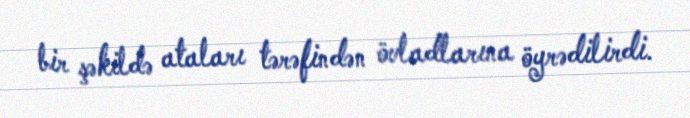
bir şəkildə ataları tərəfindən övladlarına öyrədilirdi.